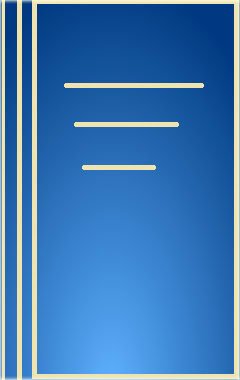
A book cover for Proceedings of the 1994 International Symposium on Charge and Field Effects in Biosystems-4: Virginia Commonwealth University, Richmond, Virginia 20 (v. 4); International Symposium on Charge and Field Effects in Biosystems (4th : 1994 : Virginia Commonwealth University); Science & Math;